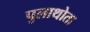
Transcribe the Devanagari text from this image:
पुलाथोता